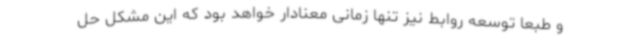
و طبعا توسعه روابط نیز تنها زمانی معنادار خواهد بود که این مشکل حل